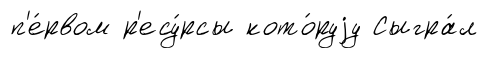
п'е́рвом р'есу́рсы кото́руjу Сыгра́л